Report of an investigation of the epidemic of malarial fever in Assam, or, kala-azar
Disease focus: Malaria
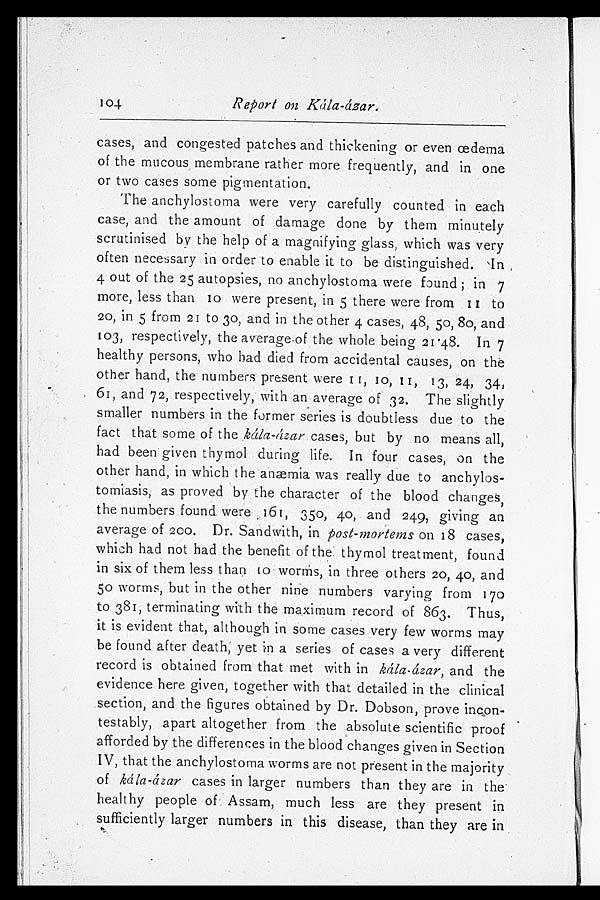
104
Report on Kála-ázar.
cases, and congested patches and thickening or even œdema
of the mucous, membrane rather more frequently, and in one
or two cases some pigmentation.
The anchylostoma were very carefully counted in each
case, and the amount of damage done by them minutely
scrutinised by the help of a magnifying glass, which was very
often necessary in order to enable it to be distinguished. In
4 out of the 25 autopsies, no anchylostoma were found; in 7
more, less than 10 were present, in 5 there were from 11 to
20, in 5 from 21 to 30, and in the other 4 cases, 48, 50, 80, and
103, respectively, the average of the whole being 21.48. In 7
healthy persons, who had died from accidental causes, on the
other hand, the numbers present were 11, 10, 11, 13, 24, 34,
61, and 72, respectively, with an average of 32. The slightly
smaller numbers in the former series is doubtless due to the
fact that some of the kála-ázar cases, but by no means all,
had been given thymol during life. In four cases, on the
other hand, in which the anæmia was really due to anchylos
-tomiasis, as proved by the character of the blood changes,
the numbers found were- 350, 40, and 249, giving an
average of 200. Dr. Sandwith, in post-mortems o n 1 8 c a s e s ,
which had not had the benefit of the: thymol treatment, found
in six of them less than to worms, in three others 20, 40, and
5o worms, but in the other nine numbers varying from 170
to 381, terminating with the maximum record of 863. Thus,
it is evident that, although in some cases very few worms may
be found after death; yet in a series of cases a very different
record is obtained from that met with in kála-ázar, and the
evidence here given, together with that detailed in the clinical
section, and the figures obtained by Dr. Dobson, prove incon
- t e s t a b l y , a p a r t a l t o g e t h e r f r o m t h e a b s o l u t e s c i e n t i f i c p r o o f
afforded by the differences in the blood changes given in Section
IV, that the anchylostoma worms are not present in the majority
of kála-ázar cases in larger numbers than they are in the
healthy people of Assam, much less are they present in
sufficiently larger numbers in this disease, than they are in